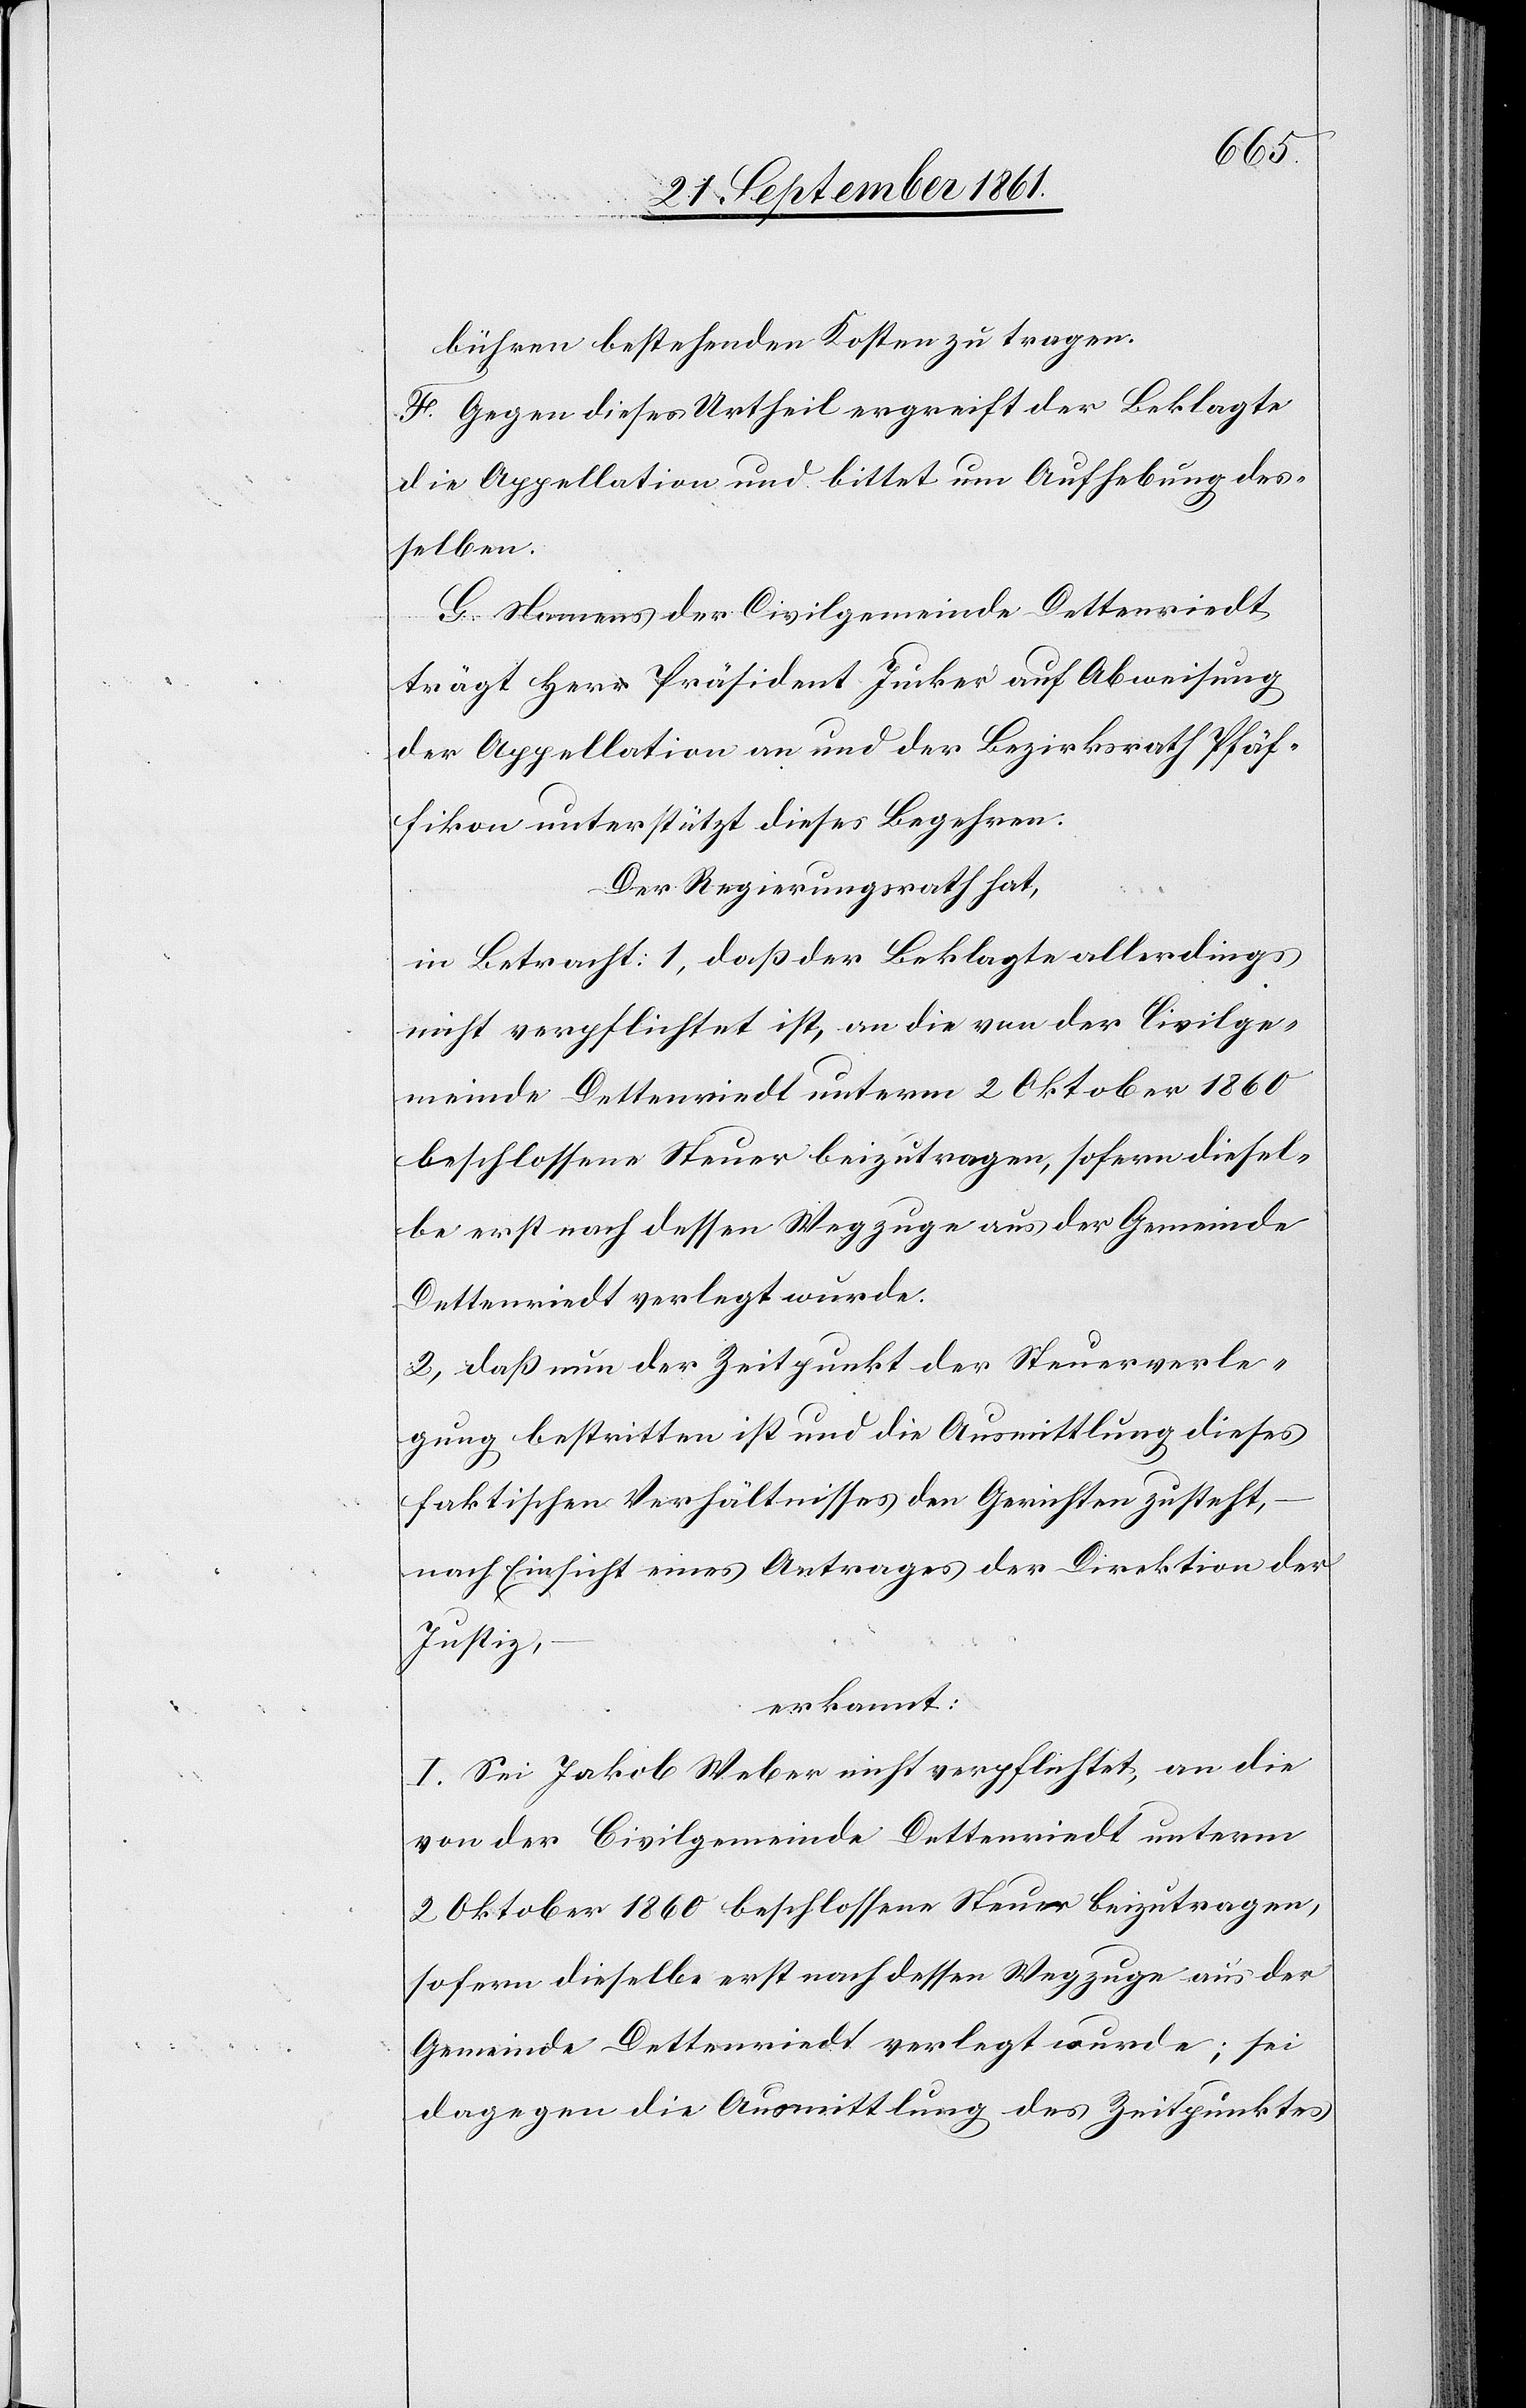
bühren bestehenden Kosten zu tragen.
F. Gegen dieses Urtheil ergreift der Beklagte
die Appellation und bittet um Aufhebung des¬
selben.
G. Namens der Civilgemeinde Dettenriedt
trägt Herr Präsident Jucker auf Abweisung
der Appellation an und der Bezirksrath Pfäf¬
fikon unterstützt dieses Begehren.
Der Regierungsrath hat,
in Betracht: 1, daß der Beklagte allerdings
nicht verpflichtet ist, an die von der Civilge¬
meinde Dettenriedt unterm 2 Oktober 1860
beschlossene Steuer beizutragen, sofern diesel¬
be erst nach dessen Wegzuge aus der Gemeinde
Dettenriedt verlegt wurde.
2, daß nun der Zeitpunkt der Steuerverle¬
gung bestritten ist und die Ausmittlung dieses
faktischen Verhältnisses den Gerichten zusteht,
nach Einsicht eines Antrages der Direktion der
Justiz,
erkannt:
I. Sei Jakob Weber nicht verpflichtet, an die
von der Civilgemeinde Dettenriedt unterm
2 Oktober 1860 beschlossene Steuer beizutragen,
sofern dieselbe erst nach dessen Wegzuge aus der
Gemeinde Dettenriedt verlegt wurde; sei
dagegen die Ausmittlung des Zeitpunktes